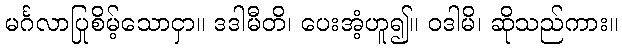
မင်္ဂလာပြုစိမ့်သောငှာ။ ဒဒါမီတိ၊ ပေးအံ့ဟူ၍။ ဝဒါမိ၊ ဆိုသည်ကား။